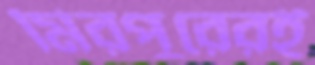
মিরপুরেরই